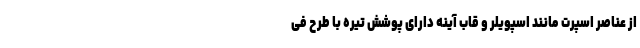
از عناصر اسپرت مانند اسپویلر و قاب آینه دارای پوشش تیره با طرح فی